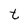
Character: t